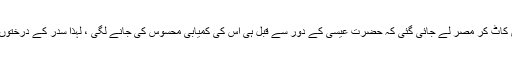
عبرانی Erez) کے جنگلات سے اتنی زیادہ لکڑی کاٹ کر مصر لے جائی گئی کہ حضرت عیسیٰ کے دور سے قبل ہی اس کی کمیابی محسوس کی جانے لگی ، لہٰذا سدر کے درختوں کا کاٹنا ایک نا مناسب عمل تصور کیا جانے لگا ۔